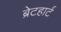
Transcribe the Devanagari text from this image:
ब्रेटहार्ट